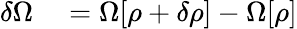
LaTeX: \begin{array}{rl}{\delta\Omega}&{{}=\Omega[\rho+\delta\rho]-\Omega[\rho]}\end{array}